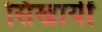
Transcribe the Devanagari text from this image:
सिखायीं